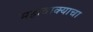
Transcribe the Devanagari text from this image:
महावाक्याचा